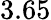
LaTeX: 3.65